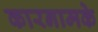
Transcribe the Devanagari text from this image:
कारनामके